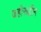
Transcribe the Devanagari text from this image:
जहीरूद्दीन